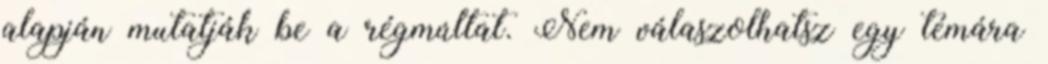
alapján mutatják be a régmúltat. Nem válaszolhatsz egy témára